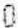
0